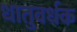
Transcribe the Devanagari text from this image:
धातुवर्धक